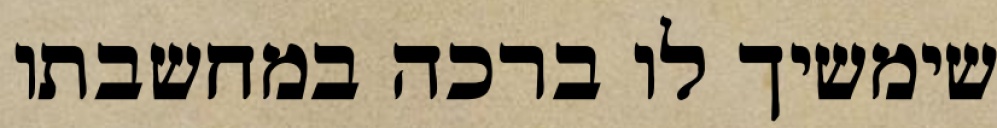
שימשיך לו ברכה במחשבתו